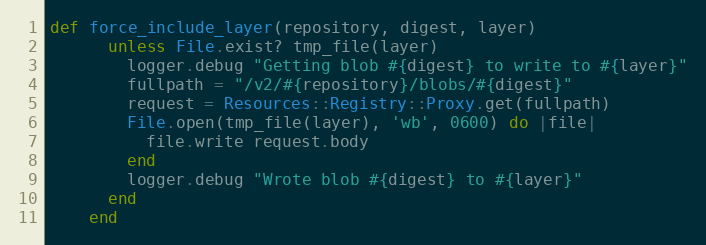
Language: Ruby
def force_include_layer(repository, digest, layer)
      unless File.exist? tmp_file(layer)
        logger.debug "Getting blob #{digest} to write to #{layer}"
        fullpath = "/v2/#{repository}/blobs/#{digest}"
        request = Resources::Registry::Proxy.get(fullpath)
        File.open(tmp_file(layer), 'wb', 0600) do |file|
          file.write request.body
        end
        logger.debug "Wrote blob #{digest} to #{layer}"
      end
    end